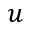
u